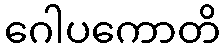
ဂေါပကောတိ